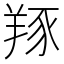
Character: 𦎇